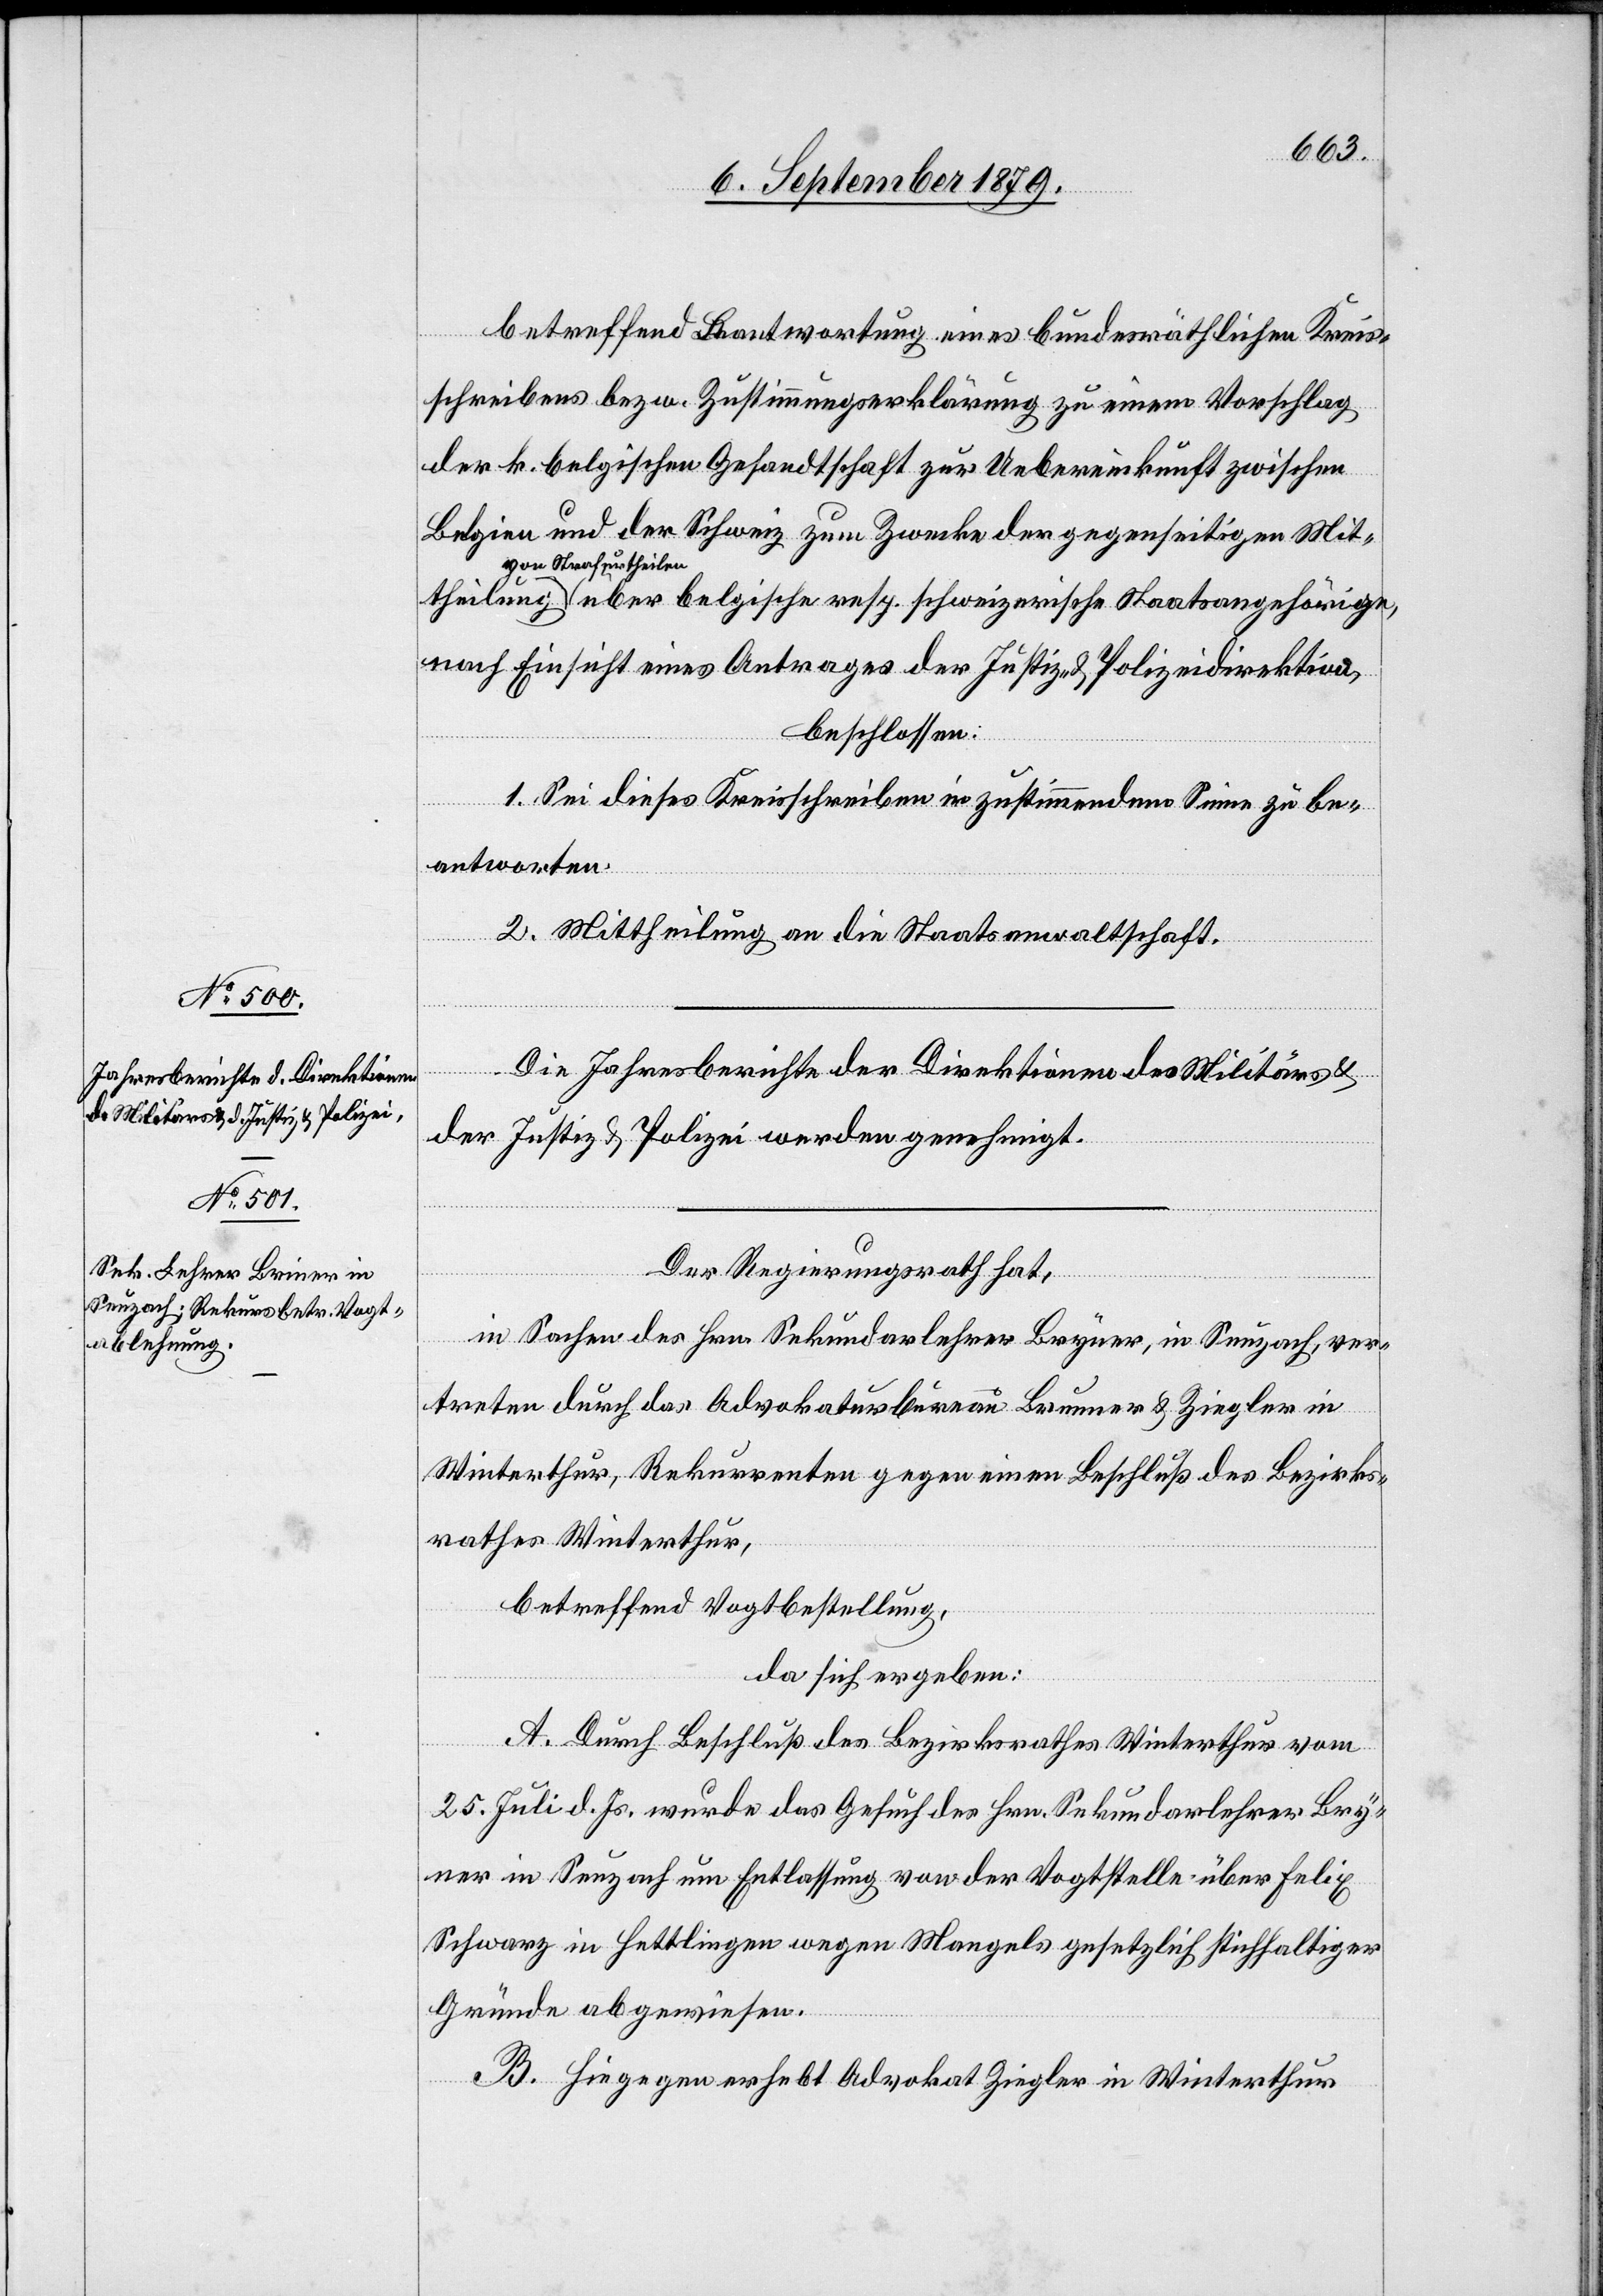
Str¬
betreffend Beantwortung eines bundesräthlichen Kreis¬
schreibens bezw. Zustimmungserklärung zu einem Vorschlag
der k. belgischen Gesandtschaft zur Uebereinkunft zwischen
Belgien und der Schweiz zum Zwecke der gegenseitigen Mitt¬
theilen über belgische resp. schweizerische Staatsangehörige,
nach Einsicht eines Antrages der Justiz- & Polizeidirektion,
beschlossen:
1. Sei dieses Kreisschreiben in zustimmendem Sinne zu be¬
antworten.
2. Mittheilung an die Staatsanwaltschaft.
afur¬
Die Jahresberichte der Direktionen des Militärs &
der Justiz & Polizei werden genehmigt.
Der Regierungsrath hat,
in Sachen des Hrn. Sekundarlehrer Bryner [sic!], in Seuzach, ver¬
treten durch das Advokaturbureau Brunner & Ziegler in
Winterthur, Rekurrenten gegen einen Beschluß des Bezirks¬
rathes Winterthur,
betreffend Vogtbestellung,
da sich ergeben:
A. Durch Beschluß des Bezirksrathes Winterthur vom
25. Juli d. Js. wurde das Gesuch des Hrn. Sekundarlehrer Bry¬
ner in Seuzach um Entlassung von der Vogtstelle über Felix
Schwarz in Hettlingen wegen Mangels gesetzlich stichhaltiger
Gründe abgewiesen.
B. Hiegegen erhebt Advokat Ziegler in Winterthur